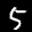
Label: 5